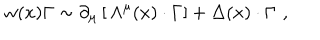
w ( x ) \Gamma \sim \partial _ { \mu } \left[ \, \Lambda ^ { \mu } ( x ) \cdot \Gamma \right] + \Delta ( x ) \cdot \Gamma \, \, ,